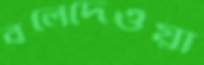
বলেদেওয়া